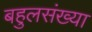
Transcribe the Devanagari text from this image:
बहुलसंख्या